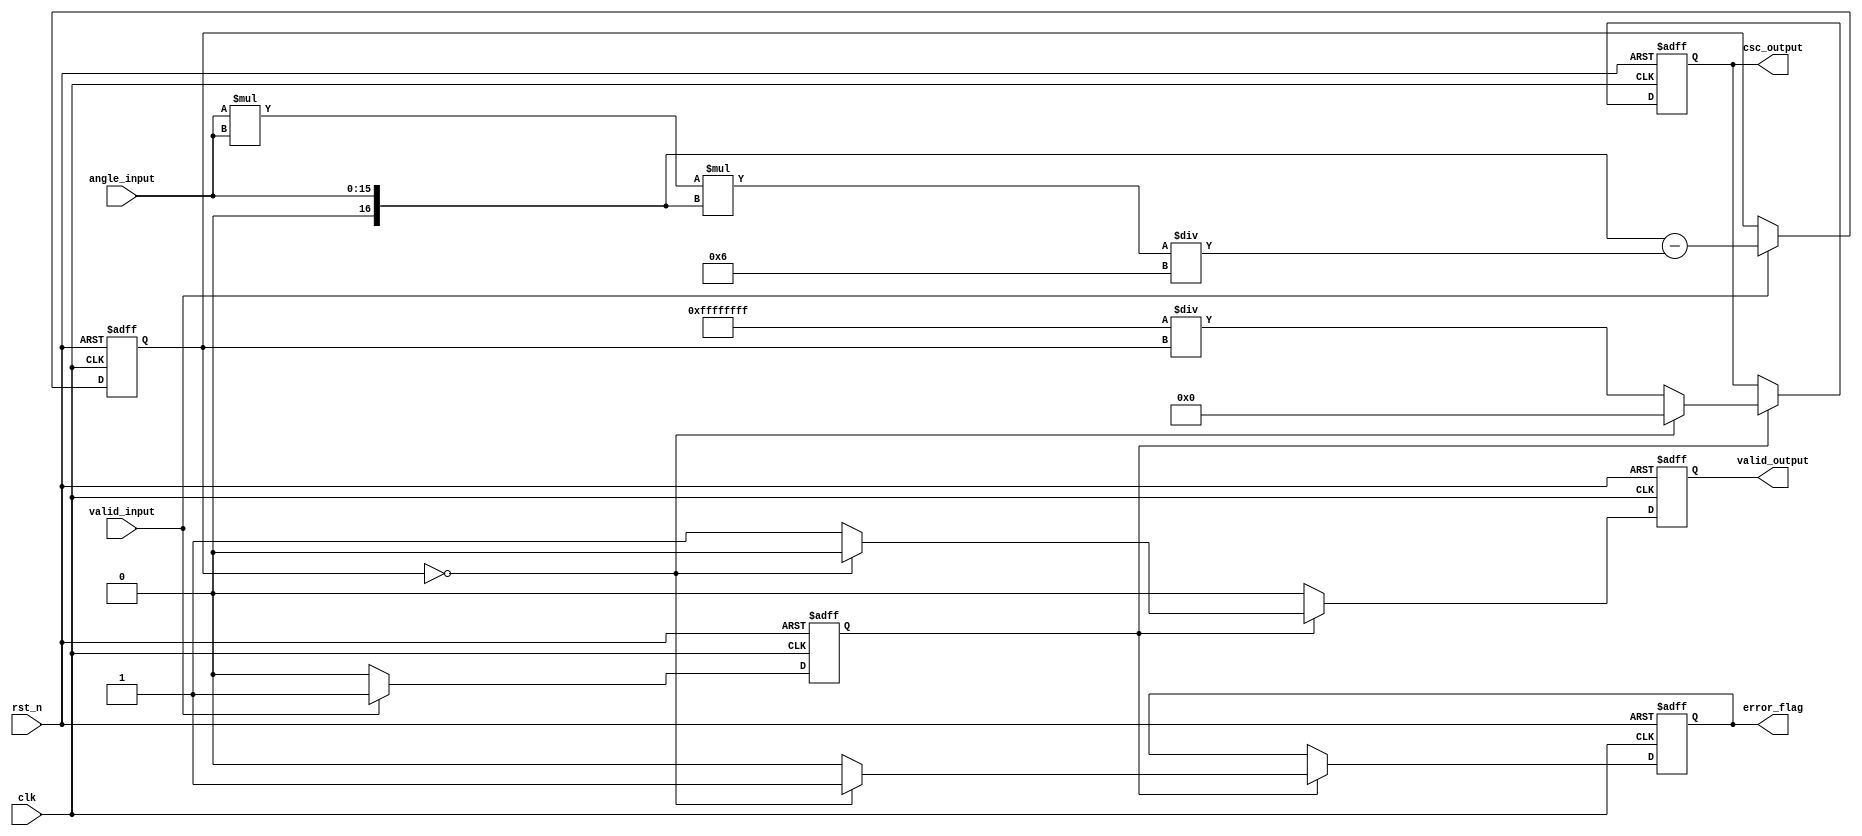
module csc_arithmetic_block (
    input wire clk,
    input wire rst_n,
    input wire [15:0] angle_input, // Fixed-point representation of the angle
    input wire valid_input,         // Input valid signal
    output reg [31:0] csc_output,   // Cosecant output in fixed-point format
    output reg valid_output,         // Output valid signal
    output reg error_flag            // Error flag for division by zero
);

    // Internal signals
    reg [31:0] sine_value;
    reg sine_valid;
    
    // Sine calculation (simple Taylor series approximation)
    // For demonstration purposes, we will implement a simple sine approximation.
    function [31:0] sine_approx;
        input [15:0] angle;
        reg signed [31:0] x;
        begin
            x = angle; // Assume input is in fixed-point format, needs scaling
            // Approximate sine using Taylor series: sin(x)  x - x^3/6
            sine_approx = x - (x * x * x) / 6;
        end
    endfunction

    // Compute sine value
    always @(posedge clk or negedge rst_n) begin
        if (!rst_n) begin
            sine_value <= 32'b0;
            sine_valid <= 1'b0;
        end else if (valid_input) begin
            sine_value <= sine_approx(angle_input);
            sine_valid <= 1'b1;
        end else begin
            sine_valid <= 1'b0;
        end
    end

    // Compute cosecant output
    always @(posedge clk or negedge rst_n) begin
        if (!rst_n) begin
            csc_output <= 32'b0;
            valid_output <= 1'b0;
            error_flag <= 1'b0;
        end else if (sine_valid) begin
            if (sine_value == 32'b0) begin
                csc_output <= 32'b0; // Undefined cosecant
                valid_output <= 1'b0;
                error_flag <= 1'b1; // Set error flag for division by zero
            end else begin
                csc_output <= 32'hFFFFFFFF / sine_value; // Compute reciprocal
                valid_output <= 1'b1; // Output is valid
                error_flag <= 1'b0; // Clear error flag
            end
        end else begin
            valid_output <= 1'b0; // Output not valid if sine not computed
        end
    end

endmodule